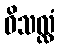
ဝိသလ္လံ